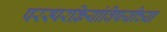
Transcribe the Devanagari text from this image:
परस्परक्रियांविषयीच्या